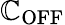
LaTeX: \mathbb{C}_{\mathrm{{OFF}}}